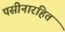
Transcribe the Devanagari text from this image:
पसीनारहित